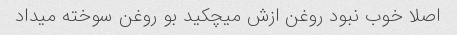
اصلا خوب نبود روغن ازش میچکید بو‌ روغن سوخته میداد